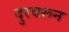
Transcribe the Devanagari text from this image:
दुरवरून